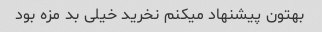
بهتون پیشنهاد میکنم نخرید خیلی بد مزه بود